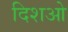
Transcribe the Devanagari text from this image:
दिशओ